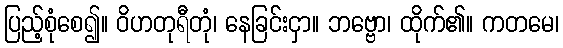
ပြည့်စုံစေ၍။ ဝိဟတုရီတုံ၊ နေခြင်းငှာ။ ဘဗ္ဗော၊ ထိုက်၏။ ကတမေ၊